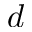
d